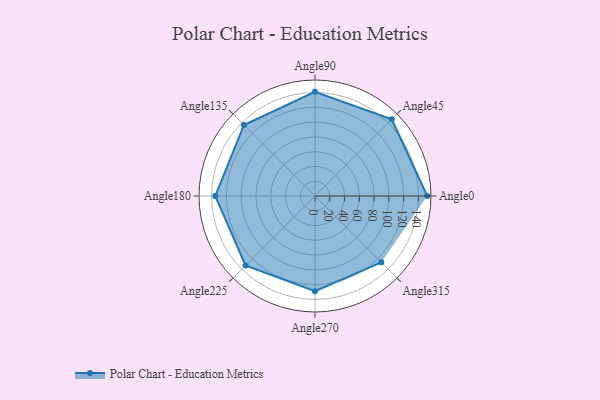
{"axis": {"x": "Angle", "y": "Radius"}, "legend": [""], "data": [{"x": "Angle0", "y": 152.0, "type": ""}, {"x": "Angle45", "y": 147.0, "type": ""}, {"x": "Angle90", "y": 141.0, "type": ""}, {"x": "Angle135", "y": 136.0, "type": ""}, {"x": "Angle180", "y": 135.0, "type": ""}, {"x": "Angle225", "y": 133.0, "type": ""}, {"x": "Angle270", "y": 129.0, "type": ""}, {"x": "Angle315", "y": 127.0, "type": ""}]}